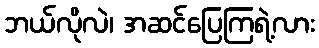
ဘယ်လိုလဲ၊ အဆင်ပြေကြရဲ့လား